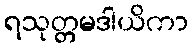
ရသုတ္တမဒါယိကာ